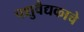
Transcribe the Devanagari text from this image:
पशुवैद्यकाचे